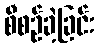
စီစဉ်ခဲ့ခြင်း